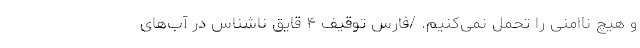
و هیچ نا‌امنی را تحمل نمی‌کنیم. /فارس توقیف ۴ قایق ناشناس در آب‌های